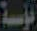
مؤسسة